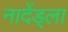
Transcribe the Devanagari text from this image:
नादेंड्ला